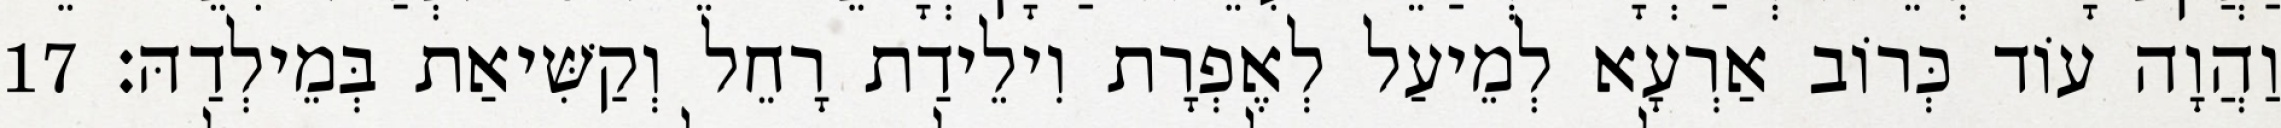
וַהֲוָה עוֹד כְּרוֹב אַרְעָא לְמֵיעַל לְאֶפְרָת וִילֵידַת רָחֵל וְקַשִּׁיאַת בְּמֵילְדַהּ׃ 17